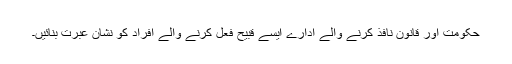
حکومت اور قانون نافذ کرنے والے ادارے ایسے قبیح فعل کرنے والے افراد کو نشان عبرت بنائیں۔